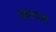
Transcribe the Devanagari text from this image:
आराघरों